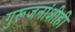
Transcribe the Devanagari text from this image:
गुरूजनांशीही